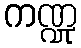
ကဏ္ဍု